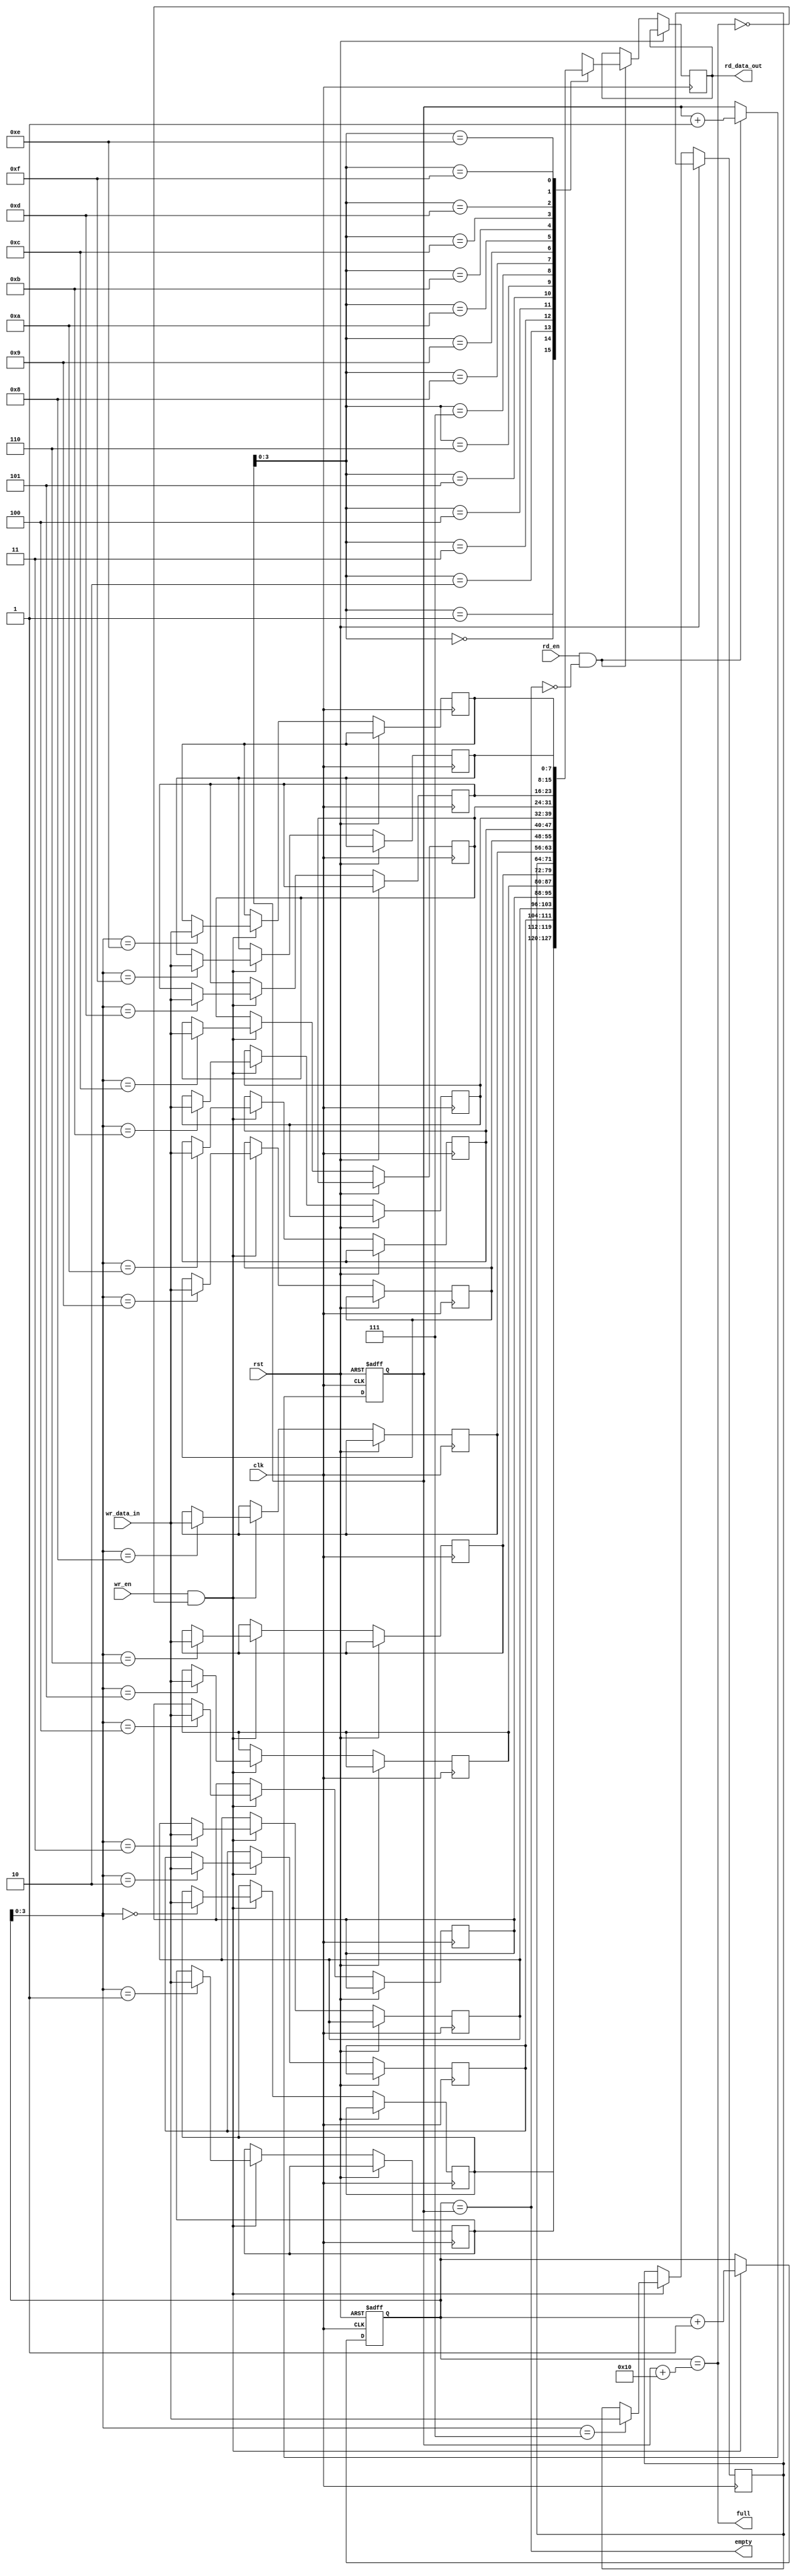
module fifo #(
  parameter DATA_WIDTH = 8, // Data width of FIFO
  parameter DEPTH = 16       // Depth of FIFO
)(
  input wire clk,            // Clock signal
  input wire rst,            // Reset signal
  input wire wr_en,          // Write enable signal
  input wire rd_en,          // Read enable signal
  input wire [DATA_WIDTH-1:0] wr_data_in, // Input data
  output reg [DATA_WIDTH-1:0] rd_data_out, // Output data
  output wire full,          // Full flag
  output wire empty          // Empty flag
);

reg [DATA_WIDTH-1:0] fifo[DEPTH-1:0];
reg [4:0] wr_ptr, rd_ptr;

// Write operation
always @(posedge clk or posedge rst) begin
  if (rst) begin
    wr_ptr <= 0;
  end else begin
    if (wr_en && !full) begin
      fifo[wr_ptr] <= wr_data_in;
      wr_ptr <= wr_ptr + 1;
    end
  end
end

// Read operation
always @(posedge clk or posedge rst) begin
  if (rst) begin
    rd_ptr <= 0;
  end else begin
    if (rd_en && !empty) begin
      rd_data_out <= fifo[rd_ptr];
      rd_ptr <= rd_ptr + 1;
    end
  end
end

// Full and empty flag generation
assign full = (wr_ptr == rd_ptr + DEPTH);
assign empty = (wr_ptr == rd_ptr);

endmodule